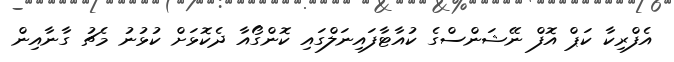
އެފްރިކާ ކަޕް އޮފް ނޭޝަންސްގެ ކުއާޓާފައިނަލްގައި ކޮންގޯއާ ދެކޮޅަށް ކުޅުނު މެޗު ގާނާއިން